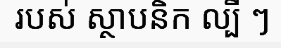
របស់ ស្ថាបនិក ល្បី ៗ